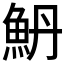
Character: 𱆥